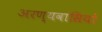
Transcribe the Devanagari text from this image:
अरण्यवासियों